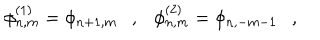
\phi _ { n , m } ^ { ( 1 ) } = \phi _ { n + 1 , m } , \phi _ { n , m } ^ { ( 2 ) } = \phi _ { n , - m - 1 } ,